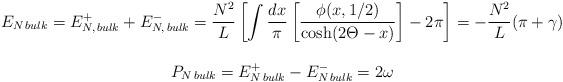
LaTeX: \begin{align*}\begin{array}{c}E_{N\, bulk}=E^{+}_{N,\, bulk}+E^{-}_{N,\, bulk}=\displaystyle\frac{N^{2}}{L}\left[ \displaystyle\int \displaystyle\frac{dx}{\pi }\left[ \displaystyle\frac{\phi (x,1/2)}{\cosh (2\Theta -x)}\right] -2\pi \right] =-\displaystyle\frac{N^{2}}{L}(\pi +\gamma )\\\\P_{N\, bulk}=E^{+}_{N\, bulk}-E^{-}_{N\, bulk}=2\omega \end{array}\end{align*}